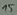
Text: 15